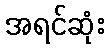
အရင်ဆုံး